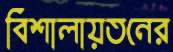
বিশালায়তনের